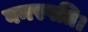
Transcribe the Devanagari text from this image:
वनस्पति।